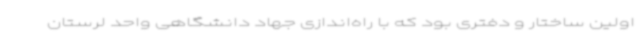
اولین ساختار و دفتری بود که با راه‌اندازی جهاد دانشگاهی واحد لرستان